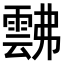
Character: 𩃸